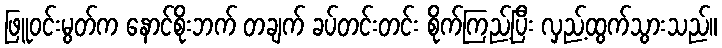
ဖြူဝင်းမွတ်က နောင်စိုးဘက် တချက် ခပ်တင်းတင်း စိုက်ကြည့်ပြီး လှည့်ထွက်သွားသည်။